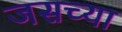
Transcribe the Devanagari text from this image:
जसच्या